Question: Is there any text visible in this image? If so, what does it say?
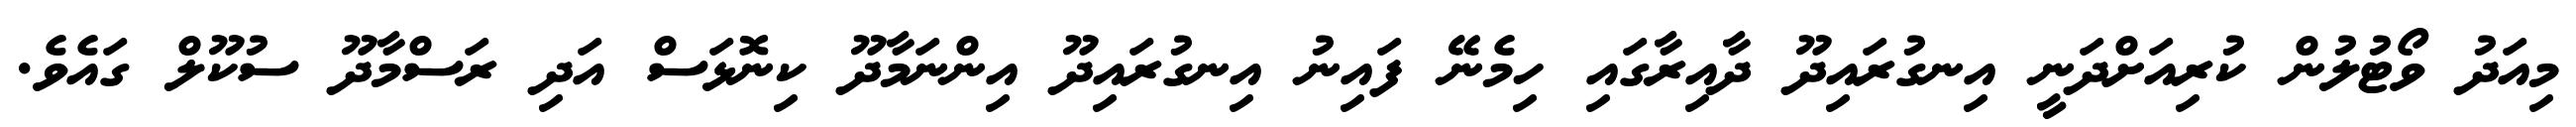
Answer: މިއަދު ވޯޓުލުން ކުރިއަށްދަނީ އިނގުރައިދޫ ދާއިރާގައި ހިމެނޭ ފައިނު އިނގުރައިދޫ އިންނަމާދޫ ކިނޮޅަސް އަދި ރަސްމާދޫ ސުކޫލް ގައެވެ.